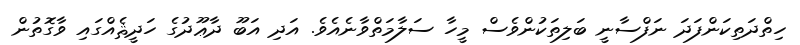
ހިތްދަތިކަންފަދަ ނަފްސާނީ ބަލިތަކުންވެސް މީހާ ސަލާމަތްވާނެއެވެ. އަދި އަބޫ ދާޢޫދުގެ ހަދީޘެއްގައި ވާގޮތުން